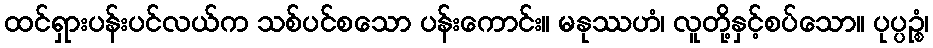
ထင်ရှားပန်းပင်လယ်က သစ်ပင်စသော ပန်းကောင်း။ မနုဿဟံ၊ လူတို့နှင့်စပ်သော။ ပုပ္ပဉ္စံ၊